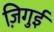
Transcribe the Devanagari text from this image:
ज़िगुई